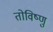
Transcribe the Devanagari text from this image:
तोविष्णु